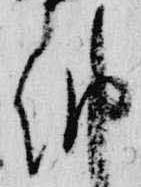
納